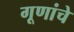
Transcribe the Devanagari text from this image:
गूणांचे